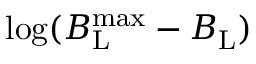
\log ( B _ { \mathrm { L } } ^ { \mathrm { m a x } } - B _ { \mathrm { L } } )